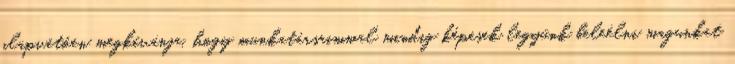
alapvetôen megkívánja, hogy munkatársaimmal mindig képesek legyünk beleélni magunkat